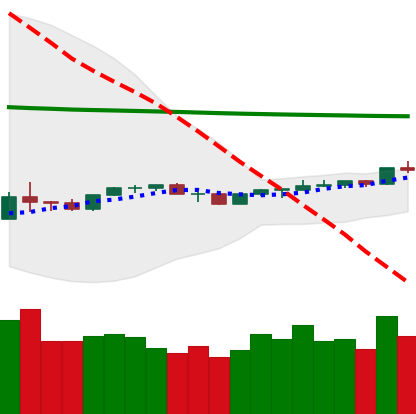
Ticker: NEO-USD
Chart end date: 2020-04-07
Forward return: -3.302%
Label: down_3_5